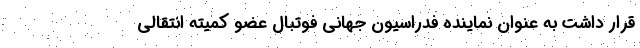
قرار داشت به عنوان نماینده فدراسیون جهانی فوتبال عضو کمیته انتقالی